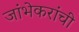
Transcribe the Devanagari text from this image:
जांभेकरांची